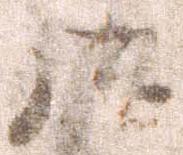
御